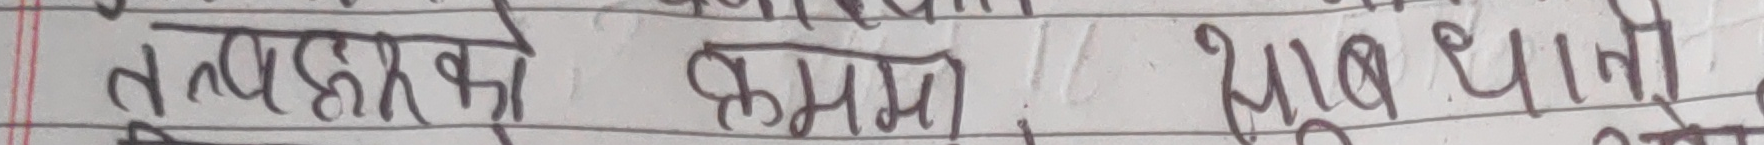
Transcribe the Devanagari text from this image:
तत्पश्चात् उसको क्षमा माथि